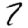
Digit: 7